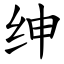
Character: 绅